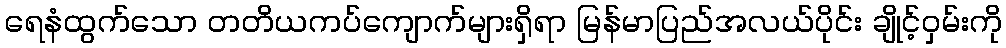
ရေနံထွက်သော တတိယကပ်ကျောက်များရှိရာ မြန်မာပြည်အလယ်ပိုင်း ချိုင့်ဝှမ်းကို